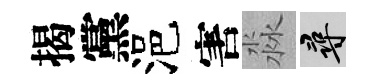
揭黨浥害淼尋